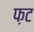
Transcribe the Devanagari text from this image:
फ़ट